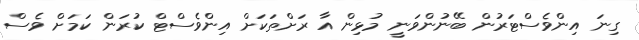
ގިނަ އިންވެސްޓަރުން ބޭނުންވަނީ މުޅިން އާ ރަށްތަކަށް އިންވެސްޓް ކުރަން ކަމަށް ވެސް